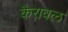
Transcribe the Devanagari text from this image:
कैरावल